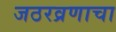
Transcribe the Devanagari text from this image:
जठरव्रणाचा